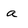
Character: a